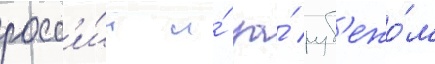
росс'и́и и́ за́ руб'ежо́м